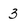
Character: 3